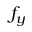
f _ { y }